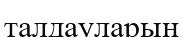
талдауларын